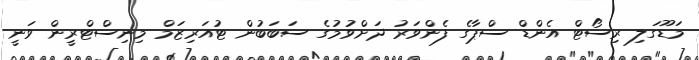
މަޑޫގަލި ރިސޯޓް އެންޑް ސްޕާގެ ފެންވަރު ދަށްވުމުގެ ސަބަބުން ޓުއަރިޒަމް މިނިސްޓްރީން ވަނީ